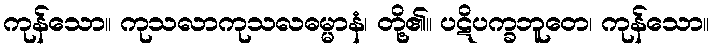
ကုန်သော။ ကုသလာကုသလဓမ္မာနံ၊ တို့၏။ ပဋိပက္ခဘူတေ၊ ကုန်သော။